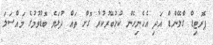
ޕެރޮޓިޑް ގްލޭންޑް އަދި އެހެނިހެން ކުޅުބޭރުކުރާ ގޮށް ތައް ދުޅަވެ ބޮޑުވުމުގެ މައްސަލަ